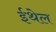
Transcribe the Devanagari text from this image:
ईथेल